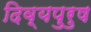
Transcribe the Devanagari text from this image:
दिव्यपुरुष